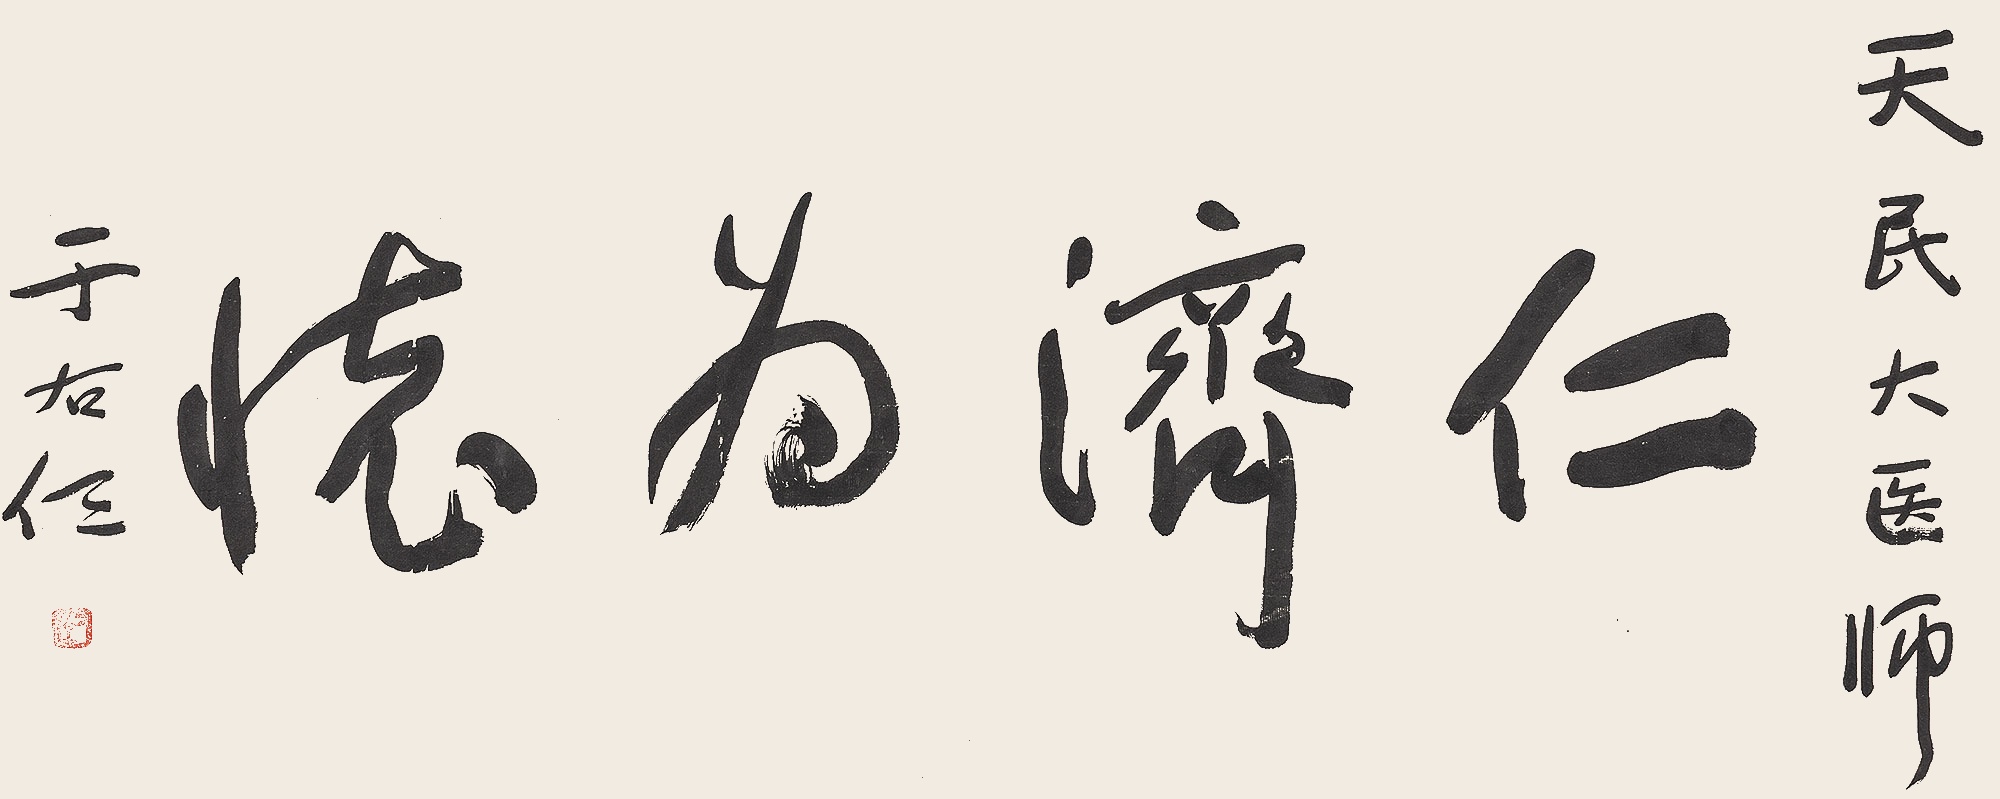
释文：仁济为德天民大医师，于右任。